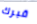
قبرك